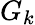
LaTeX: G_{k}